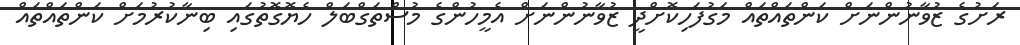
ރަށުގެ ޒުވާނުންނަށް ކަންތައްތައް މަގުފަހިކޮށްދީ ޒުވާނުންނަށް އެމީހުންގެ މުސްތަގްބަލް ހެޔޮގޮތުގައި ބިނާކުރުމަށް ކަންތައްތައް